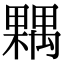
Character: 𣜢